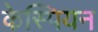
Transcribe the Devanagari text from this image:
केस्पियन